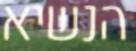
הנשיא